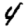
Digit: 4